Calcutta medical institutions reports 1879-81 [i.e.91]
Year: 1879
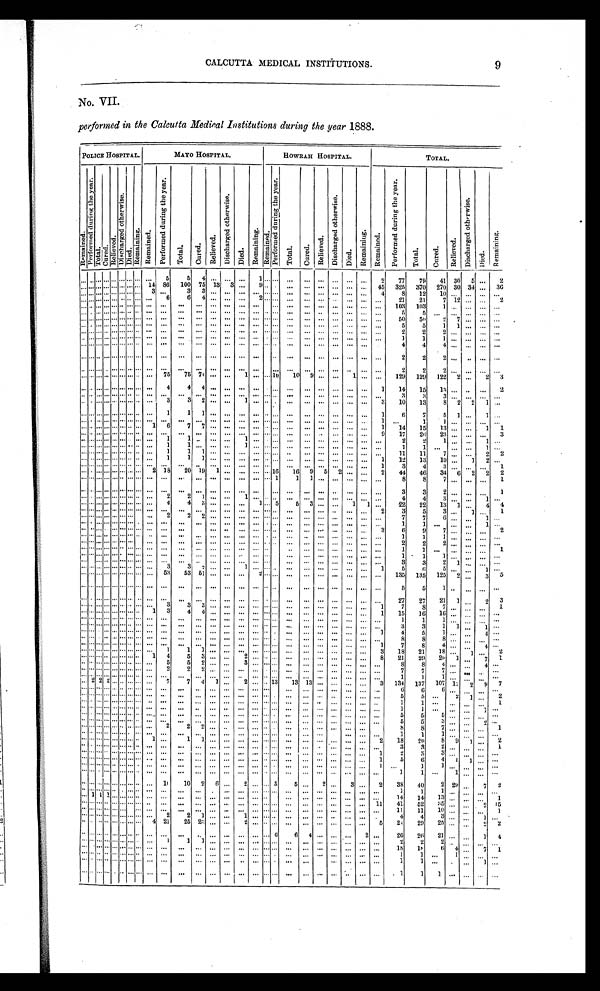
CALCUTTA MEDICAL INSTITUTIONS.
No. VII.
performed in the Calcutta Medical Institutions during the year 1888.
POLICE HOSPITAL.
MAYO HOSPITAL.
HOWRAH
HOSPITAL.
TOTAL.
R e m a i n e d .
P e r f o r m e d d u r i n g t h e y e a r .
T o t a l . C u r e d .
R e l i e v e d .
D i s c h a e g e d o t h e r w i s e .
D i e d .
R e m a i n i n g . R e ma i n e d .
P e r f o r m e d d u r i n g t h e y e a r .
T o t a l .
Cured.
Relieved.
D i s c h a r g e d o t h e r w i s e .
Di ed.
R e m a i n i n g .
R e m a i n e d .
P e r f o r m e d d u r i n g t h e y e a r .
T o t a l .
C u r e d .
Rel i eved.
D i s c h a r g e d o t h e r w i s e .
D i e d .
R e m a i n i n g .
R e m a i n e d .
P e r f o r m e d d u r i n g t h e y e a r .
T o t a l .
C u r e d .
C u r e d .
D i s c h a r g e d o t h e r w i s e .
D i e d .
Re ma i n i n g .
. . . . . . . . . . . . . . . . . . . . . . . .. . .
5
5 4 . . .
. . . . . .
1
. . . . . . . . .
. . . . . . . . .
. . .
. . .
2
77
79
41 30
5
. . .
2
86
14
1 0 0
75 13
3 . . .
9 . . . . . .
. . . . . . . . . . . . . . . . . . . . . . . . .
. . .
. . .. . . . . .
. . .
. . . 45
325
370
270 30 34
. . . 36
3 . . .
3 3
. . . . . . . . . . . . . . . . . . . . . . . .
. . .
. . .. . .
. . . . . . . . .
. . .
. . .. . . . . .
. . .
. . .
4
8
12
10
. . .
. . .
. . . . . .
6
6 4
. . .
. . .. . .
2 . . . . . .
. . .
. . .
. . .. . . . . .
. . .
. . .
. . .
. . . . . . . . . . . . . . . . . . . . . . . .
21
21
7 12
. . .
. . .
2
. . . . . . . . . . . . . . . . . . . . . . . .. . . . . .
. . .. . . . . .
. . .. . .
. . . . . . . . .
. . .
. . .. . . . . .
. . .
. . .
. . . 103
103
1
. . .
. . .
. . .. . .
. . . . . . . . . . . . . . . . . . . . . . . . . . . . . .
. . .
. . . . . .
. . . . . . . . . . . . . . .
. . .
. . . . . . . . .
. . .
. . .
. . .
5
5
. . .
. . .
. . .
. . .. . .
. . . . . . . . . . . . . . . . . . . . . . . . . . . . . .
. . .
. . . . . .
. . . . . . . . . . . . . . .
. . .
. . . . . . . . .
. . .
. . .
. . .
50
50
2
7
. . .
. . .. . .
. . . . . . . . . . . . . . . . . . . . . . . . . . . . . .
. . .
. . . . . .
. . . . . . . . . . . . . . . . . .
. . . . . . . . .
. . .
. . .
. . .
5
5
1
1
. . .
. . .. . .
. . . . . . . . . . . . . . . . . . . . . . . . . . . . . .
. . .
. . . . . .
. . . . . . . . .
. . .
. . .
. . .
. . . . . . . . .
. . .
. . .
. . .
2
2
2
. . .
. . .
. . .. . .
. . . . . . . . . . . . . . . . . . . . . . . .. . . . . .
. . . . . . . . .
. . .. . . . . .
. . . . . .
. . .
. . .. . . . . .
. . .
. . .
. . .
1
1
1
. . .
. . .
. . .. . .
. . . . . . . . . . . . . . . . . . . . . . . .. . . . . .
. . . . . . . . .
. . .. . . . . .
. . . . . .
. . .
. . .. . . . . .
. . .
. . .
. . .
4
4
4
. . .
. . .
. . .
. . .. . . . . . . . .. . . . . . . . . . . .. . . . . .
. . . . . . . . .
. . .. . . . . .
. . . . . .
. . .
. . .. . . . . .
. . .
. . .
. . .
2
2
2
. . .
. . .
. . .. . .
. . . . . . . . . . . . . . . . . . . . . . . .. . . . . .
. . . . . . . . .
. . .. . . . . .
. . . . . .
. . .
. . .. . . . . .
. . .
. . .
. . .
2
2
2
. . .
. . .
. . .. . .
75
75 74 . . .
. . .
1 . . . . . . 10
10 9 . . . . . .
1
. . .
. . .
. . . . . . . . . . . . . . . . . . . . . . . . . . .
129
129
122
2
. . .
2
3
. . . . . . . . . . . . . . . . . . . . . . . .. . . 4
4 4
. . .
. . .. . . . . .
. . . . . .
. . .
. . .. . . . . .
. . .
. . .
1
1 4
1 5
1 3
. . .
. . .
. . .2
. . . . . . . . . . . . . . . . . . . . . . . .. . . . . .
. . .. . . . . .
. . .. . . . . .
. . . . . .
. . .
. . .. . . . . .
. . .
. . .
. . .
3
3
3
. . .
. . .
. . .. . .
3 2
. . .
. . .1
3
. . . . . . . . . . . .
. . . . . . . . . . . . . . .
. . .
. . . . . .
. . .
. . .. . . . . .
. . .
. . .
3
1 0
1 3
8
2
2
1 . . .
. . . . . . . . . . . . . . . . . . . . . . . . . . .
1
1 1
. . .
. . .. . . . . .
. . . . . .
. . .
. . .. . . . . .
. . .
. . .
1
6
7
5 1
. . .
1 . . .
. . . . . . . . . . . . . . . . . . . . . . . .
. . . . . .
. . .. . . . . .
. . .. . . . . .
. . . . . .
. . .
. . .. . . . . .
. . .
. . .
1 . . .
1
1
. . .
. . .
. . . . . .
1
6
7 7
. . . . . . . . . . . . . . . . . . . . . . . .
. . .
. . .. . . . . .
. . . . . .
. . .
. . .. . . . . .
. . .
. . .
1
1 4
1 5
1 3
. . .
. . .
1
1
. . . . . . . . . . . . . . . . . . . . . . . . . . . . . .
. . .
. . . . . .
. . . . . . . . . . . . . . . . . .
. . . . . . . . .
. . .
. . .
9
17
26
23
. . .
. . .
. . .
3
1
1
1
. . . . . . . . . . . . . . . . . . . . . . . .. . .
. . . . . .
. . .
1
. . . . . .
. . .
. . .. . . . . .
. . .
. . .
. . .
2
2
1
. . .
. . .
1
. . .
1
1
1
. . . . . . . . . . . . . . . . . . . . . . . .. . .
. . . . . .
. . .
1
. . . . . .
. . .
. . .. . . . . .
. . .
. . .
. . .
1
1
. . .
. . .
. . .
1
. . .
1
1 1
. . .
. . .
. . . . . .
. . . . . . . . . . . . . . .
. . .
. . .. . . . . .
. . . . . .
. . .
. . .. . . . . .
. . .
. . .
11
11
7
. . .
. . .
2
2
1
1
1
. . . . . . . . . . . . . . . . . . . . . . . . . . .
. . .
. . .. . . . . .
. . . . . .
. . .
. . .. . . . . .
. . .
. . .
1
1 2
1 3
1 0
. . .
1
2
. . .
. . . . . . . . . . . . . . . . . . . . . . . . . . . . . .
. . .
. . . . . .
. . . . . . . . . . . . . . . . . .
. . . . . . . . .
. . .
. . .
1
3
4
3
. . .
. . .
1
. . .
2
1
18
20 19
16
16
9
5
2
. . . . . . . . . . . . . . . . . . . . . . . .
. . . . . . . . . . . .
. . .
. . .
2
44
46
34 6
2
2
2
. . . . . . . . . . . . . . . . . . . . . . . .. . . . . .
. . .. . . . . .
. . .. . . . . .
. . . 1
1
1 . . . . . .
. . .
. . .
. . .
8
8
7
. . .
. . .
. . . 1
. . . . . . . . . . . . . . . . . . . . . . . .. . . . . .
. . .. . . . . .
. . .. . . . . .
. . . . . .
. . .
. . .. . . . . .
. . .
. . .
. . .
3
3
2
. . .
. . .
. . .
1
2
2 1
. . . . . . . . . . . . . . . . . . . . . . . . . . .
. . .
. . .
. . .
. . . . . .
. . .
. . .. . . . . .
. . .
. . .
. . .
4
4
3
. . .
. . .
1
. . .
4
3
4
1
5
5 3
. . . . . . . . . . . . . . . . . . . . . . . .. . .
. . .
. . . . . .
. . .
. . . . . .
1
1 . . .
22
22
13
1
. . .
4
4
. . . . . . . . . . . . . . . . . . . . . . . . . . . . . .
. . . . . . . . .
. . . . . . . . . . . . . . .
. . .
. . . . . . . . .
. . .
. . .
2
3
5
3
. . .
1
. . .
1
2
2 2
. . . . . . . . . . . . . . . . . . . . . . . . . . .
. . .
. . .. . . . . .
. . . . . .
. . .
. . .. . . . . .
. . .
. . .
. . .
7
7
6
. . .
. . .
1
. . .
. . . . . . . . . . . . . . . . . . . . . . . .. . . . . .
. . . . . . . . .
. . .. . . . . .
. . . . . .
. . .
. . .. . . . . .
. . .
. . .
. . .
1
1
. . .
. . .
. . .
1
. . .
. . . . . . . . . . . . . . . . . . . . . . . . . . . . . .
. . . . . . . . .
. . . . . . . . . . . . . . .
. . .
. . . . . . . . .
. . .
. . .
3
6
9
7
. . .
. . .
. . . 2
. . . . . . . . . . . . . . . . . . . . . . . .
. . . . . .
. . .
. . . . . .
. . . . . . . . . . . . . . .
. . .
. . . . . . . . .
. . .
. . .
. . .
1
1
1
. . .
. . .
. . .
. . .
. . . . . . . . . . . . . . . . . . . . . . . . . . . . . .
. . . . . . . . .
. . . . . . . . . . . . . . .
. . .
. . . . . . . . .
. . .
. . . .... . .
2
2
2
. . .
. . .
. . .
. . .
. . . . . . . . . . . . . . . . . . . . . . . . . . . . . .
. . .
. . . . . .
. . . . . . . . . . . . . . . . . .
. . . . . . . . .
. . .
. . .
. . .
1
1
. . .
. . .
. . .
. . . 1
. . . . . . . . . . . . . . . . . . . . . . . . . . . . . .
. . .
. . . . . .
. . . . . . . . . . . . . . . . . .
. . . . . . . . .
. . .
. . .
. . .
1
1
1
. . .
. . .
. . .
. . .
. . . . . . . . . . . . . . . . . . . . . . . . . . . . . .
. . .
. . . . . .
. . . . . . . . . . . . . . . . . .
. . . . . . . . .
. . .
. . .
. . .
3
3
2
1
. . .
. . .
. . .
3
3 2
. . . . . . . . . . .
. . . . . . . . . . . . . . . . . .
. . .
. . .1 . . .
. . . . . . . .
. . .
. . .. . . . . .
. . .
. . .
1
5
6
5
. . .
. . . 1
. . .
53
5 3 51
. . . . . . . . . . . . . . . . . . . . . . . .. . .
. . .
. . .. . . 2
. . . . . .
. . .
. . .. . . . . .
. . .
. . .
. . .
1 3 5
1 3 5
1 2 5
2
. . .
3 5
. . . . . . . . . . . . . . . . . . . . . . . .. . . . . .
. . . . . . . . .
. . .. . . . . .
. . . . . .
. . .
. . .. . . . . .
. . .
. . .
. . .
5
5
1
. . .
. . .
. . .. . .
. . . . . . . . . . . . . . . . . . . . . . . .. . . . . .
. . . . . . . . .
. . .. . . . . .
. . . . . .
. . .
. . .. . . . . .
. . .
. . .
. . .
27
27
21 1
. . .
2
3
3
3
. . .
. . . . . . . . . . . . . . . . . . . . . . . . . . . . . . . . . . . 3
. . .
. . .. . . . . .
. . . . . .
. . .
. . .. . . . . .
. . .
. . .
1
7
8
7
. . .
. . .
. . . 1
3 3
4 . . .
. . . . . . . . . . . . . . . . . . . . . 1
. . .
. . .. . . . . .
. . . . . .
. . .
. . .. . . . . .
. . .
. . .
1
1 5
1 6 16
. . .
. . .
. . .. . .
. . . . . . . . . . . . . . . . . . . . . . . .. . . . . .
. . . . . . . . .
. . .. . . . . .
. . . . . .
. . .
. . .. . . . . .
. . .
. . .
. . .
1
1
1
. . .
. . .
. . .. . .
. . . . . . . . . . . . . . . . . . . . . . . .. . . . . .
. . . . . . . . .
. . .. . . . . .
. . . . . .
. . .
. . .. . . . . .
. . .
. . .
. . .
3
3
1
1
. . .
1 . . .
. . . . . . . . . . . . . . . . . . . . . . . . . . . . . .
. . . . . . . . .
. . . . . . . . . . . . . . .
. . .
. . . . . .
. . .
. . . . . .
1
4
5
. . . . . . . . . . . . . . . . . . . . . . . . . . . . . .
. . .
. . . . . .
. . . . . . . . . . . . . . . . . .
. . . . . .
. . .
. . . . . .
. . .
8
8
8
. . .. . .
. . .. . .
. . . . . . . . . . . . . . . . . . . . . . . .. . . . . .
. . . . . . . . .
. . .. . . . . .
. . . . . .
. . .
. . . . . .
. . .
. . .
. . .
1
7
8
4
. . .
. . .
4 . . .
1
1
. . . . . . . . . . . . . . . . . . . . . . . .1
. . .
. . . . . .
2 . . . . . .
. . . . . .
. . .
. . . . . .
. . .
. . .
. . .
3
1 8
2 1
1 8
. . .
1
. . .2
4 5
. . .
3
. . . . . . . . . . . . . . . . . . . . . 1
. . .
3
. . . . . . . . . . . .
. . .
. . . . . .
. . .
. . .
. . .
8
21
29
20 1
. . .
1
7
5
2 . . .
. . . . . . . . . . . . . . . . . . . . . . . . 5
. . .
. . .. . . . . .
. . . . . .
. . .
. . .. . .
. . .
. . .
. . .
. . .
8
8
4
. . .
. . .
4 . . .
2
. . .
2
. . . . . . . . . . . . . . . . . . . . . . . .2
. . .
. . .. . . . . .
. . . . . .
. . .
. . .. . .
. . .
. . .
. . .
. . .
7
7
7
. . .
. . . . . .
. . .
. . . . . . . . . . . . . . . . . . . . . . . .. . . . . .
. . .. . . . . .
. . .. . . . . .
. . . . . .
. . .
. . .. . .
. . .
. . .
. . .
. . .
1
1
1 . . .
. . .
. . .. . .
2 2 2
7
7
2
1
1 3
. . .
. . . . . . . . . . . .. . .
4
. . .
. . .
. . .
1 3
1 3
. . .
. . .
. . .
. . .
3
1 3 4
1 3 7
1 0 7 1
7
2
9
. . . . . . . . . . . . . . . . . . . . . . . . . . . . . .
. . .
. . . . . .
. . . . . . . . . . . . . . . . . .
. . . . . .
. . .
. . .
. . .
. . .
. . .
. . .
6 . . .
. . .
. . .. . .
. . . . . . . . . . . . . . . . . . . . . . . . . . . . . .
. . .
. . . . . .
. . . . . . . . . . . . . . . . . .
. . . . . .
. . . . . .
. . . .
. . .
. . .
. . .
. . . 2
1 . . .
2
. . . . . . . . . . . . . . . . . . . . . . . .. . . . . .
. . . . . . . . .
. . .. . . . . .
. . . . . .
. . .
. . .
. . . . . . . . .
. . .
. . .
. . .
. . .
. . .
. . .
1
. . .
. . .
. . . . . . . . . . . . . . . . . . . . . . . . . . . . . .
. . . . . . . . .
. . . . . . . . . . . . . . . . . .
. . .
. . . . . . . . .
. . .
. . .
. . .
. . .
. . .
. . .. . .
1 . . .
. . . . . . . . . . . . . . . . . . . . . . . . . . . . . .
. . . . . . . . . . . . . . . . . .
. . . . . .
. . .
. . .
. . . . . . . . .
. . .
. . .
. . .
. . .
5
. . .. . .
. . .. . .
. . . . . . . . . . . . . . . . . . . . . . . . . . . . . . . . .
. . .
. . .
. . .
. . .
. . .
. . .
. . .
. . .
. . .
. . .
. . .
. . .
. . .
. . .
. . .
5
3
3
. . .
. . .
2
. . .
2
2
. . . . . . . . . . . . . . . . . . . . . . . .. . .
2
. . .
. . . . . . . . .
. . . . . . . . .
. . .
. . .
. . . . . .
. . .
. . .
8
8
7
. . . . . .
. . . 1
. . . . . . . . . . . . . . . . . . . . . . . . . . . . . .
. . .
. . . . . .
. . . . . . . . . . . . . . . . . .
. . .
. . .
. . . . . .
. . .
. . .
1
1
1
. . . . . .
. . . . . .
1
1 1
. . . . . . . . . . . . . . . . . . . . . . . .
. . .
. . .
. . . . . . . . .
. . . . . .
. . .
. . .
. . . . . . . . .
. . .
2
1 8
2 0
8
9
1
. . .
2
. . . . . . . . . . . . . . . . . . . . . . . . . . . . . .
. . .
. . . . . .
. . .
. . .
. . . . . . . . .
. . .
. . .
. . . . . . . . .
. . . . . .
3
3
2
. . .. . .
. . .. . .
. . . . . . . . . . . . . . . . . . . . . . . .. . .
. . .
. . . . . . . . .
. . . . . . . . . . . . . . .
. . .
. . .
. . . . . . . . .
. . .
. . .
2
3
3
. . .
. . .
. . .
. . .
. . . . . . . . . . . . . . . . . .. . . . . .. . . . . .
. . . . . . . . .
. . . . . . . . .
. . . . . .
. . .
. . .
. . . . . . . . .
. . .
. . .
5
6
4
1
. . .
1
. . .
. . . . . . . . . . . . . . . . . . . . . . . .. . . . . .
. . . . . . . . . . .
. . . . . . . . .
. . . . . .
. . .
. . .
. . . . . . . . .
. . .
. . .
. . . . .
1
1
. . . . . .
. . . . . .
. . . . . . . . . . . . . . . . . . . . . . . . . . . . . .
. . . . . . . . .
. . . . . . . . . . . . . . . . . .
. . .
. . . . . . . . .
. . .
. . .
1
1 . . .
1
. . .
. . .
. . .
. . . . . .. . . . . . . . . . . . . . . . . .. . . 10
10
2
6 . . .
2 . . .
. . . 5
5 . . .
2 . . .
3
. . .
2
38
40
2 29
2
. . .
7
. . . . . . . . . . . . . . . . . . . . . . . . . . . . . . .
. . .
. . .
. . .
. . .
. . .
. . .
. . .
. . .
. . .
. . .
. . .
. . .
. . .
. . .
. . .
1
1
1
. . .
. . . . . . . . .
1 1 2
. . .
. . . . . . . . . . . .. . . . . .
. . . . . . . . .
. . . . . . . . .
. . . . . . . . .
. . .
. . .
. . .
. . .
. . .
. . .
14
14
13
. . .
. . .
. . .
1
. . . . . . . . . . . . . . . . . . . . . . . . . . . . . .
. . . . . . . . . . . . . . . . . . . . . . . . . . .
. . .
. . . . . . . . .
. . . 11
41
52
3 5 . . . . . .
2
15
. . . . . . . . . . . . . . . . . . . . . . . . . . . . . .
. . .
. . . . . .
. . .
. . . . . .
. . . . . . . . .
. . .
. . .
. . . . . .
. . .
. . .
1 1
11
10
. . . . . .
. . .
1
2
2 1
. . . . . . . . . . . . . . . . . . . . . . . .. . .
. . .
. . . 1 . . .
. . . . . .
. . .
. . .
. . . . . . . . .
. . .
. . .
4
4
3
. . . . . .
1
. . .
4 21
2 5 23
. . . . . . . . . . . . . . . . . . . . . . . .
. . .
. . . 2 . . .
. . . . . .
. . .
. . .
. . . . . . . . .
. . .
5
2 4
2 9
2 5
. . . . . .
2
2
. . . . . . . . . . . . . . . . . . . . . . . .. . . . . .
. . . . . . . . .
. . . . . . . . .
. . . 6
6
4
. . . . . . . . .
2
. . .
26
26
21
. . .
. . .
1 4
. . . . . . . . . . . . . . . . . . . . . . . .. . . 1
1 1
. . .
. . . . . . . . .
. . . . . .
. . .
. . .
. . . . . . . . .
. . .
. . .
2
2
2 . . .
. . .
. . .
. . .
. . . . . . . . . . . . . . . . . . . . . . . .
. . .
. . . . . . . . .
. . . . . . . . . . . . . . . . . .
. . .
. . . . . . . . .
. . .
. . .
18
18
6
4
. . .
. . .
1
. . . . . . . . . . . . . . . . . . . . . . . . . . . . . .
. . .
. . . . . .
. . .
. . . . . .
. . . . . . . . .
. . .
. . .
. . . . . .
. . .
. . .
1
1
. . .
1
. . .
. . .
. . .
. . . . . . . . . . . . . . . . . . . . . . . . . . . . . .
. . .
. . . . . .
. . .
. . . . . .
. . . . . .
. . .
. . .
. . . . . . . . .
. . .
. . .
1
1
. . .
. . .
. . .
1
. . .
. . . . . . . . . . . . . . . . . . . . . . . .. . . . . .
. . .. . . . . .
. . .. . . . . .
. . . . . .
. . .
. . .
. . .
. . .
. . .
. . .
. . .
1
1
1
. . . . . .
. . .
. . .
9